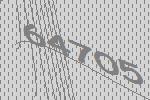
64705